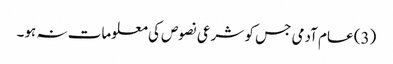
(3) عام آدمی جس کو شرعی نصوص کی معلومات نہ ہو۔